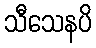
သီသေနပိ